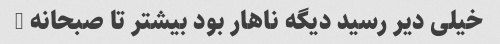
خیلی دیر رسید دیگه ناهار بود بیشتر تا صبحانه …